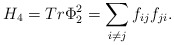
\begin{align*} H_4=Tr \Phi_2^2= \sum_{i\neq j} f_{ij}f_{ji}.\end{align*}